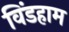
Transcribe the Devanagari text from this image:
विंडहाम